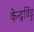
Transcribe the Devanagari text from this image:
केन्द्रविंदु